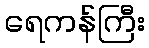
ရေကန်ကြီး